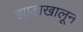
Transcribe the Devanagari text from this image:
झाडाखालून